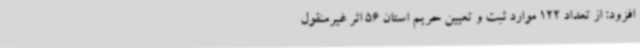
افزود: از تعداد 122 موارد ثبت و تعیین حریم استان 56 اثر غیرمنقول